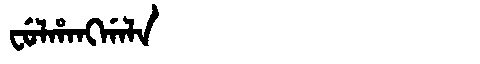
Manchu: ᠸᡠᠯᡥᠠᠩᡤᠠᠯᠠ
Romanization: FULHANGGALA